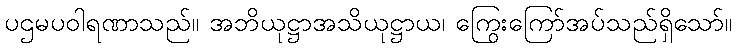
ပဌမပဝါရဏာသည်။ အဘိယုဋ္ဌာအသိယုဋ္ဌာယ၊ ကြွေးကြော်အပ်သည်ရှိသော်။